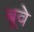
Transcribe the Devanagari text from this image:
बूवे